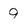
Character: 9